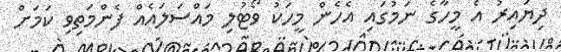
ދިޔައިރު އެ މީހާގެ ނަމުގައި އެހެން މީހަކު ވޯޓުލި މައްސަލައެއް ފެންމަތިވި ކަމަށް